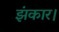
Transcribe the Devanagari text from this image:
झंकार।